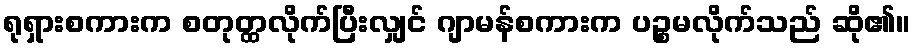
ရုရှားစကားက စတုတ္ထလိုက်ပြီးလျှင် ဂျာမန်စကားက ပဉ္စမလိုက်သည် ဆို၏။